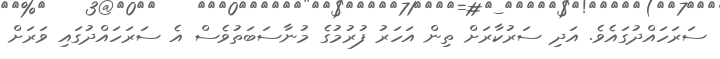
ސަރަހައްދުގައެވެ. އަދި ސަރުކާރަށް ތިން އަހަރު ފުރުމުގެ މުނާސަބަތުވެސް އެ ސަރަހައްދުގައި ވަރަށް